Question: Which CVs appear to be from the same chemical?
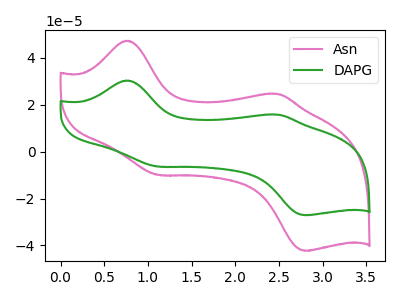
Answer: <think>The pink curve "Asn" has anodic peaks at (0.75V, 47.35uA) (2.50V, 24.65uA) and cathodic peaks at (1.10V, -9.95uA) (2.80V, -42.30uA). The green curve "DAPG" has anodic peaks at (0.75V, 30.35uA) (2.50V, 15.80uA) and cathodic peaks at (1.10V, -6.35uA) (2.80V, -27.15uA).
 All the peaks in "Asn" have a peak in "DAPG" at the same potential. Every peak in "Asn" is higher than every peak in "DAPG".</think>
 <answer>"Asn" and "DAPG" have the same shape and are likely CV's of the same chemical.</answer>
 <eval>"Asn" "DAPG"</eval>